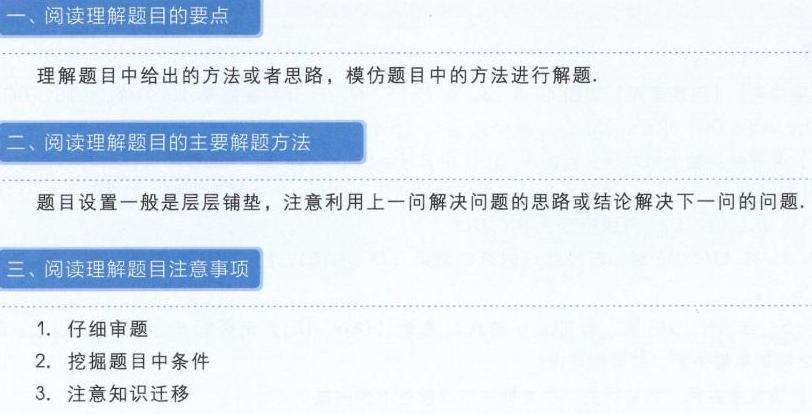
一、阅读理解题目的要点
理解题目中给出的方法或者思路，模仿题目中的方法进行解题.
二、阅读理解题目的主要解题方法
题目设置一般是层层铺垫，注意利用上一问解决问题的思路或结论解决下一问的问题.
三、阅读理解题目注意事项
1. 仔细审题
2. 挖掘题目中条件
3. 注意知识迁移